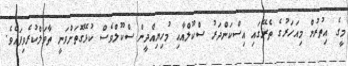
މީގެ އިތުރުން މިއަހަރުގެ ތެރޭގައި އިސްކަންދަރު ސްކޫލްއާއި މުހިޔިއްދީން ސްކޫލްވެސް ކުޅޭގޮތަށްވަނީ ތާވަލްކުރެވިފައެވެ.